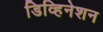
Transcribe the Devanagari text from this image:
डिव्हिनेशन